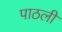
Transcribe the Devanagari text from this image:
पाठली